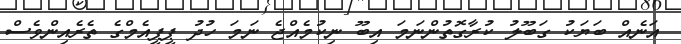
އަނެއް ބަޔަކު ގަބޫލު ކުރާގޮތުންނަމަ އިބޫ ނިކުމެއްޖެ ނަމަ ހުދު ޕީޕީއެމްގެ ތެރެއިންވެސް